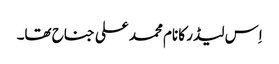
اِس لیڈر کا نام محمد علی جناح تھا۔